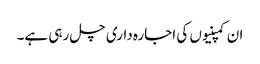
ان کمپنیوں کی اجارہ داری چل رہی ہے۔